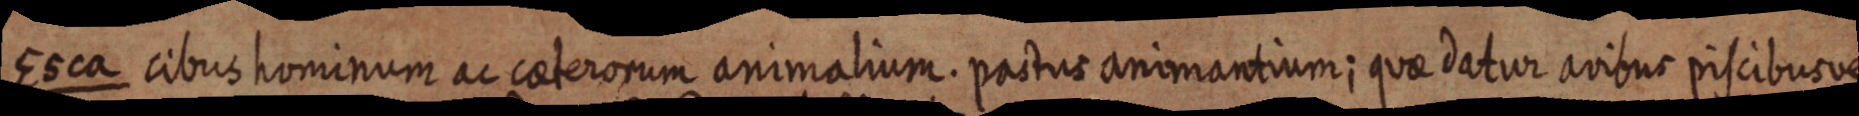
Esca cibus hominum ac caeterorum animalium. pastus animantium; quae datur avibus piscibus re